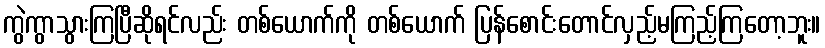
ကွဲကွာသွားကြပြီဆိုရင်လည်း တစ်ယောက်ကို တစ်ယောက် ပြန်စောင်းတောင်လှည့်မကြည့်ကြတော့ဘူး။